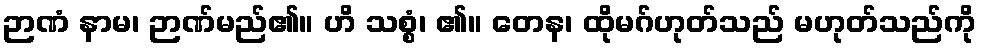
ဉာဏံ နာမ၊ ဉာဏ်မည်၏။ ဟိ သစ္စံ၊ ၏။ တေန၊ ထိုမဂ်ဟုတ်သည် မဟုတ်သည်ကို